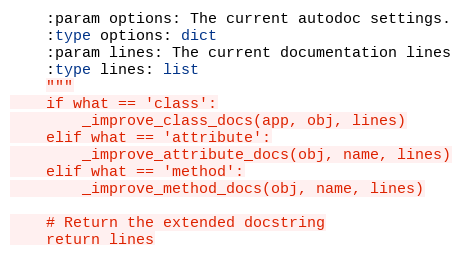
Language: Python
    :param options: The current autodoc settings.
    :type options: dict
    :param lines: The current documentation lines
    :type lines: list
    """
    if what == 'class':
        _improve_class_docs(app, obj, lines)
    elif what == 'attribute':
        _improve_attribute_docs(obj, name, lines)
    elif what == 'method':
        _improve_method_docs(obj, name, lines)

    # Return the extended docstring
    return lines